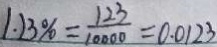
1 . 2 3 \% = \frac { 1 2 3 } { 1 0 0 0 0 } = 0 . 0 1 2 3